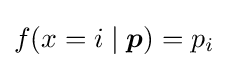
f(x=i\mid {\boldsymbol {p}})=p_{i}